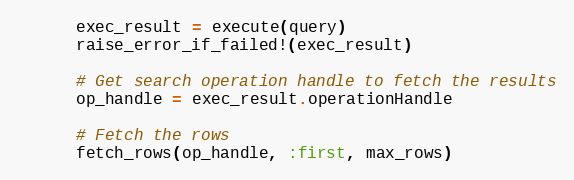
Language: Ruby
      exec_result = execute(query)
      raise_error_if_failed!(exec_result)

      # Get search operation handle to fetch the results
      op_handle = exec_result.operationHandle

      # Fetch the rows
      fetch_rows(op_handle, :first, max_rows)